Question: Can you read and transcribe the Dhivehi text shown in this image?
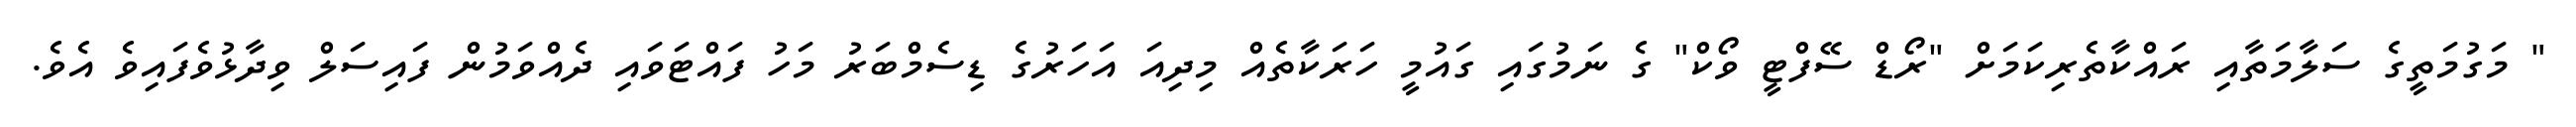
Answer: " މަގުމަތީގެ ސަލާމަތާއި ރައްކާތެރިކަމަށް "ރޯޑް ސޭފްޓީ ވޯކް" ގެ ނަމުގައި ގައުމީ ހަރަކާތެއް މިދިއަ އަހަރުގެ ޑިސެމްބަރު މަހު ފައްޓަވައި ދެއްވަމުން ފައިސަލް ވިދާޅުވެފައިވެ އެވެ.